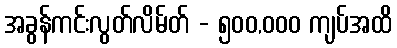
အခွန်ကင်းလွတ်လိမ်တ် - ၅၀၀,၀၀၀ ကျပ်အထိ